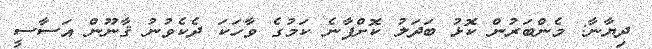
ދިޔާނާ: މެންބަރުން ކޮޅު ބަދަލު ކޮށްފާނެ ކަމުގެ ވާހަކަ ދެކެވުނު ޤާނޫން އަސާސީ